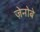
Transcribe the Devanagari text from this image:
ज़ेनोबे